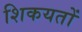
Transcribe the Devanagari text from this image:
शिकयतों